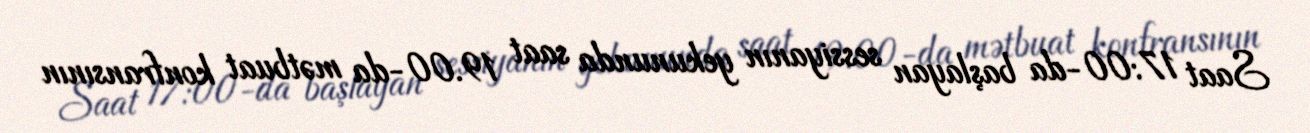
Saat 17:00-da başlayan sessiyanın yekununda saat 19.00-da mətbuat konfransının